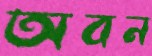
অবন